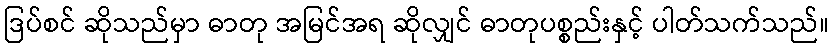
ဒြပ်စင် ဆိုသည်မှာ ဓာတု အမြင်အရ ဆိုလျှင် ဓာတုပစ္စည်းနှင့် ပါတ်သက်သည်။